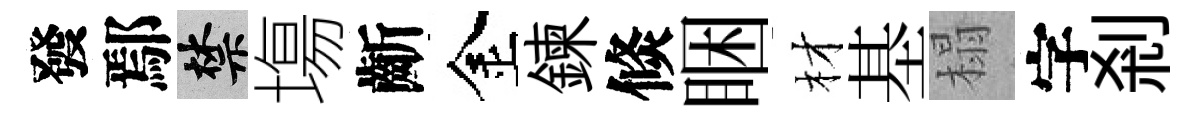
發鄢禁塲齗金鍊倐睏材基榻字剎